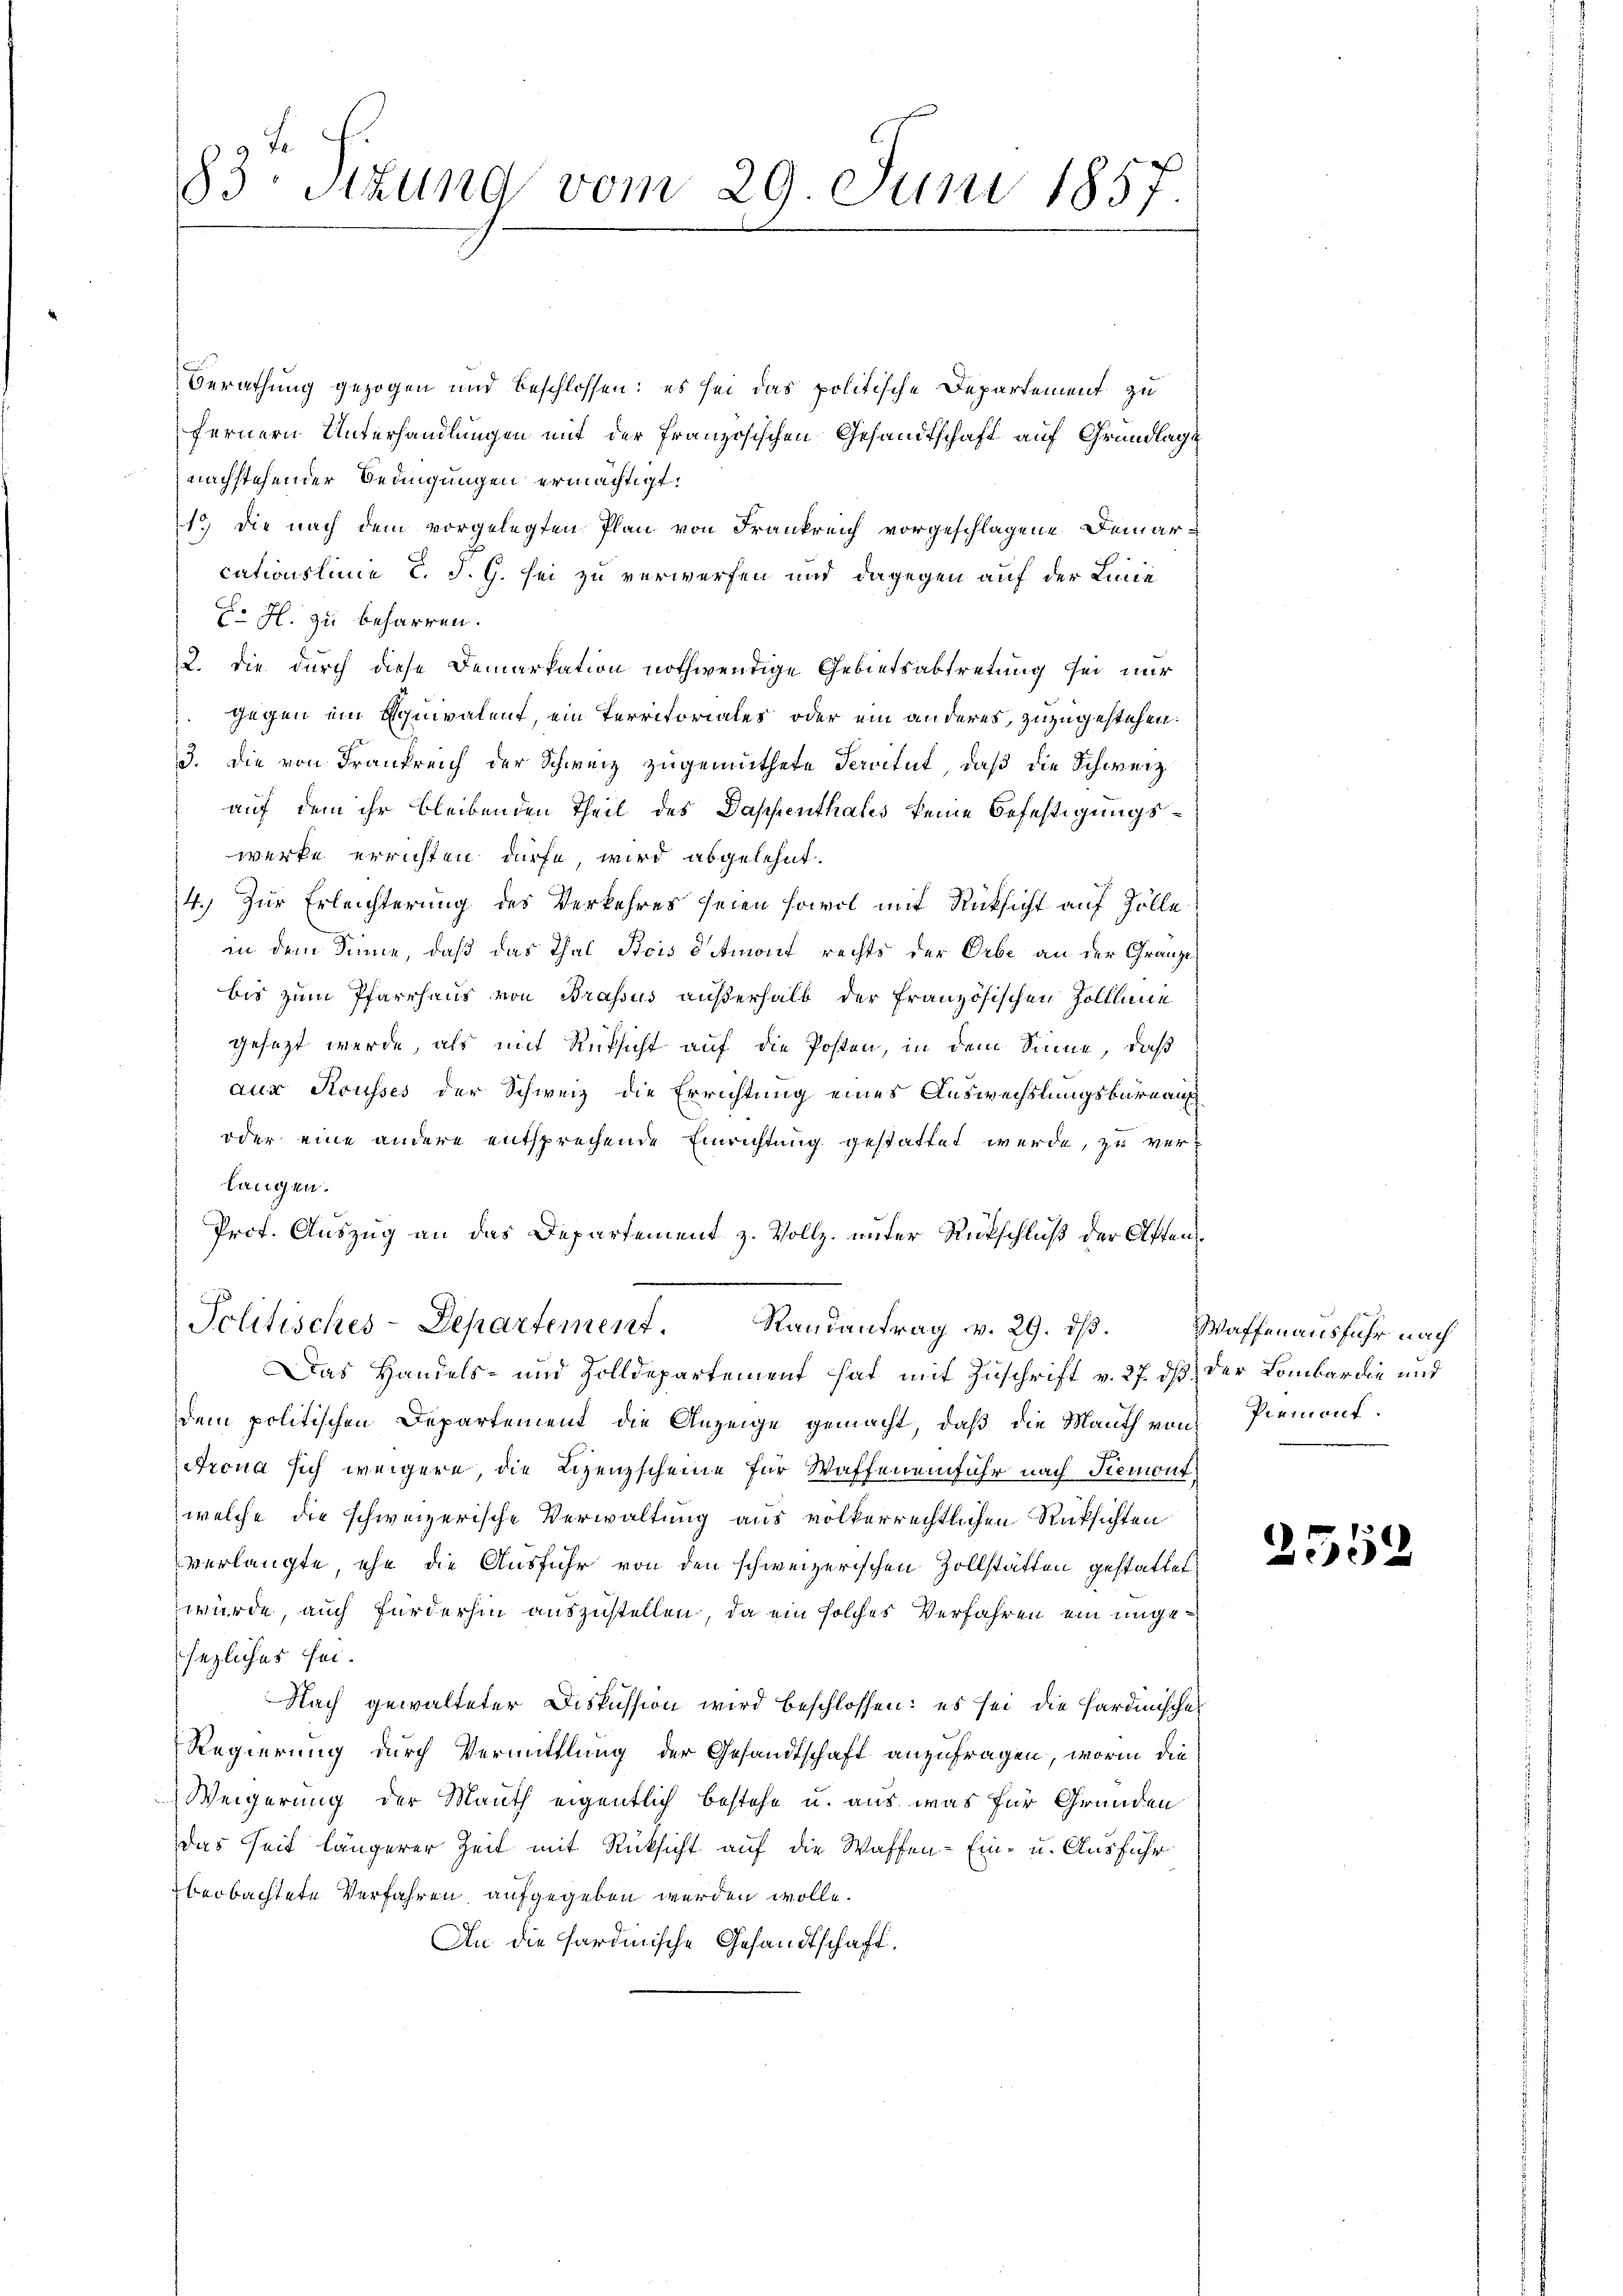
83. Stund vom 29. Juni 1857.

Berathung gezogen und beschlossen: es sei das politische Departement zu
fernern Unterhandlungen mit der französischen Gesandtschaft auf Grundlage
nachstehender Bedingungen ermächtigt.
1.) Die nach dem vorgelegten Plan von Frankreich vorgeschlagene Demarcationslinie l. J. G. sei zu verwerfen und dagegen auf der Linie
 H. zu beharren.
2. die durch diese Demarkation nothwendige Gebietsabtretung sei nur
 gegen ein Equivalent, ein Territoriales oder ein anderes, zuzugestehen.
3. die von Frankreich der Schweiz zugemuthete Servitut, daß die Schweiz.
auf dem ihr bleibenden Theil des Dappenthalis keine Befestigungswerke errichten dürfe wird abgelehnt.
4.) Zur Erleichterung des Verkehres seien sowol mit Rücksicht auf Zölle
in dem Sinne, daß das Thal, Bois demont rechts der Orbe an der Gränze
bis zum Pfarrhaus von Brassus außerhalb der Französischen Zolllinie
gesezt werde, als mit Rüksicht auf die Posten, in dem Sinne, daß
 aus Rousses der Schweiz die Errichtung eines Auswechslungsbureauf
oder eine andere entsprechende Einrichtung gestattet werde, zu verlangen.
Prot. Auszug an das Departement z. Vollz. unter Rückschluß der Osten¬
Politisches-Departement. Randantrag v. 29. ds. Waffenausfuhr nach
Das Handels- und Zolldepartement hat mit Zuschrift v. 27. ds der Lombar die und
dem politischen Departement die Anzeige gemacht, daß die Mauth von Piemont.
rona sich weigere die Lizenzscheine für Waffeneinfuhr nach Remont
welche die schweizerische Verwaltung aus völkerrechtlichen Rüksichten
verlangte ehe die Ausfuhr von den schweizerischen Zollstätten gestattet
würde, auch fürderhin auszustellen, da ein solches Verfahren ein ungesezliches sei.
Nach gewalteter Diskussion wird beschlossen: es sei die Hardinisches
Regierung durch Vermittlung der Gesandtschaft anzufragen, worin die
Weigerung der Mauth eigentlich bestehe u. aus was für Gründen
das Zeit längerer Zeit mit Rücksicht auf die Waffen - Ein- u. Ausführ
beobachtete Verfahren aufgegeben werden wolle.
An die sardinische Gesandtschaft.

255.

.